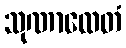
သုဏာထေတံ